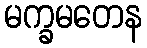
မက္ခမတေန